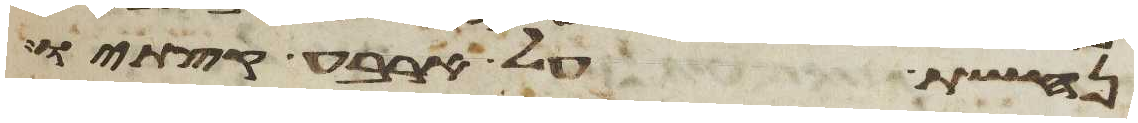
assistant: נחשת על ארבע קצתיו